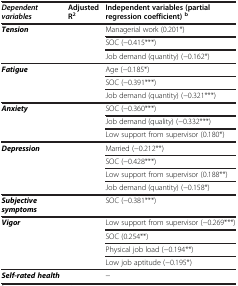
<table><thead><tr><td><b><i>Dependent variables</i></b></td><td><b>Adjusted R<sup>2</sup></b></td><td><b>Independent variables (partial regression coefficient) <sup>b</sup></b></td></tr></thead><tbody><tr><td rowspan="3"><b><i>Tension</i></b></td><td rowspan="3">[EMPTY_CELL]</td><td>Managerial work (0.201*)</td></tr><tr><td>SOC (−0.415***)</td></tr><tr><td>Job demand (quantity) (−0.162*)</td></tr><tr><td rowspan="3"><b><i>Fatigue</i></b></td><td rowspan="3">[EMPTY_CELL]</td><td>Age (−0.185*)</td></tr><tr><td>SOC (−0.391***)</td></tr><tr><td>Job demand (quantity) (−0.321***)</td></tr><tr><td rowspan="3"><b><i>Anxiety</i></b></td><td rowspan="3">[EMPTY_CELL]</td><td>SOC (−0.360***)</td></tr><tr><td>Job demand (quality) (−0.332***)</td></tr><tr><td>Low support from supervisor (0.180*)</td></tr><tr><td rowspan="4"><b><i>Depression</i></b></td><td rowspan="4">[EMPTY_CELL]</td><td>Married (−0.212**)</td></tr><tr><td>SOC (−0.428***)</td></tr><tr><td>Low support from supervisor (0.188**)</td></tr><tr><td>Job demand (quantity) (−0.158*)</td></tr><tr><td><b><i>Subjective symptoms</i></b></td><td>[EMPTY_CELL]</td><td>SOC (−0.381***)</td></tr><tr><td rowspan="4"><b><i>Vigor</i></b></td><td rowspan="4">[EMPTY_CELL]</td><td>Low support from supervisor (−0.269***)</td></tr><tr><td>SOC (0.254**)</td></tr><tr><td>Physical job load (−0.194**)</td></tr><tr><td>Low job aptitude (−0.195*)</td></tr><tr><td><b><i>Self-rated health</i></b></td><td>[EMPTY_CELL]</td><td>−</td></tr></tbody></table>